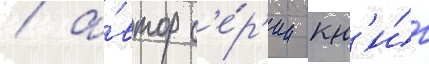
/ а́втор с'е́р'ии кн'и́г